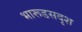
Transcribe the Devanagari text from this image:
भारूडसदृश